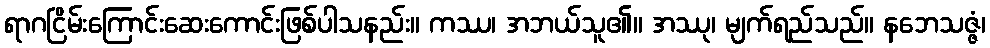
ရာဂငြိမ်းကြောင်းဆေးကောင်းဖြစ်ပါသနည်း။ ကဿ၊ အဘယ်သူ၏။ အဿု၊ မျက်ရည်သည်။ နဘေသဇ္ဇံ၊